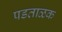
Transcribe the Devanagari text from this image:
पडताळक